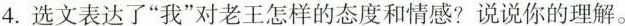
4.选文表达了”我”对老王怎样的态度和情感?说说你的理解。